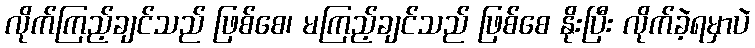
လိုက်ကြည့်ချင်သည် ဖြစ်စေ၊ မကြည့်ချင်သည် ဖြစ်စေ နိုးပြီး လိုက်ခဲ့ရမှာပဲ